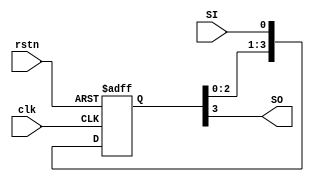
module shift_reg #(parameter SIZE = 4) (
    input clk, rstn, SI,
    output SO
);
    reg [SIZE - 1 : 0] Q_next, Q_reg;

    always @(*) begin
        Q_next = {Q_reg [SIZE - 2 : 0], SI};
    end

    always @(posedge clk, negedge rstn) begin
        if (!rstn)
            Q_reg <= 0;
        else
            Q_reg <= Q_next;
    end

    assign SO = Q_reg [SIZE - 1];
endmodule